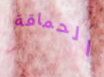
الحماقة